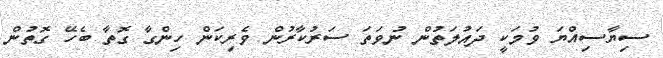
ސިޔާސިއްޔަ ވުމަކީ ދައުލަތުން ނުވަތަ ސަރުކާރުން ވެރިކަން ހިންގާ ގޮތާ ބެހޭ ގޮތުން